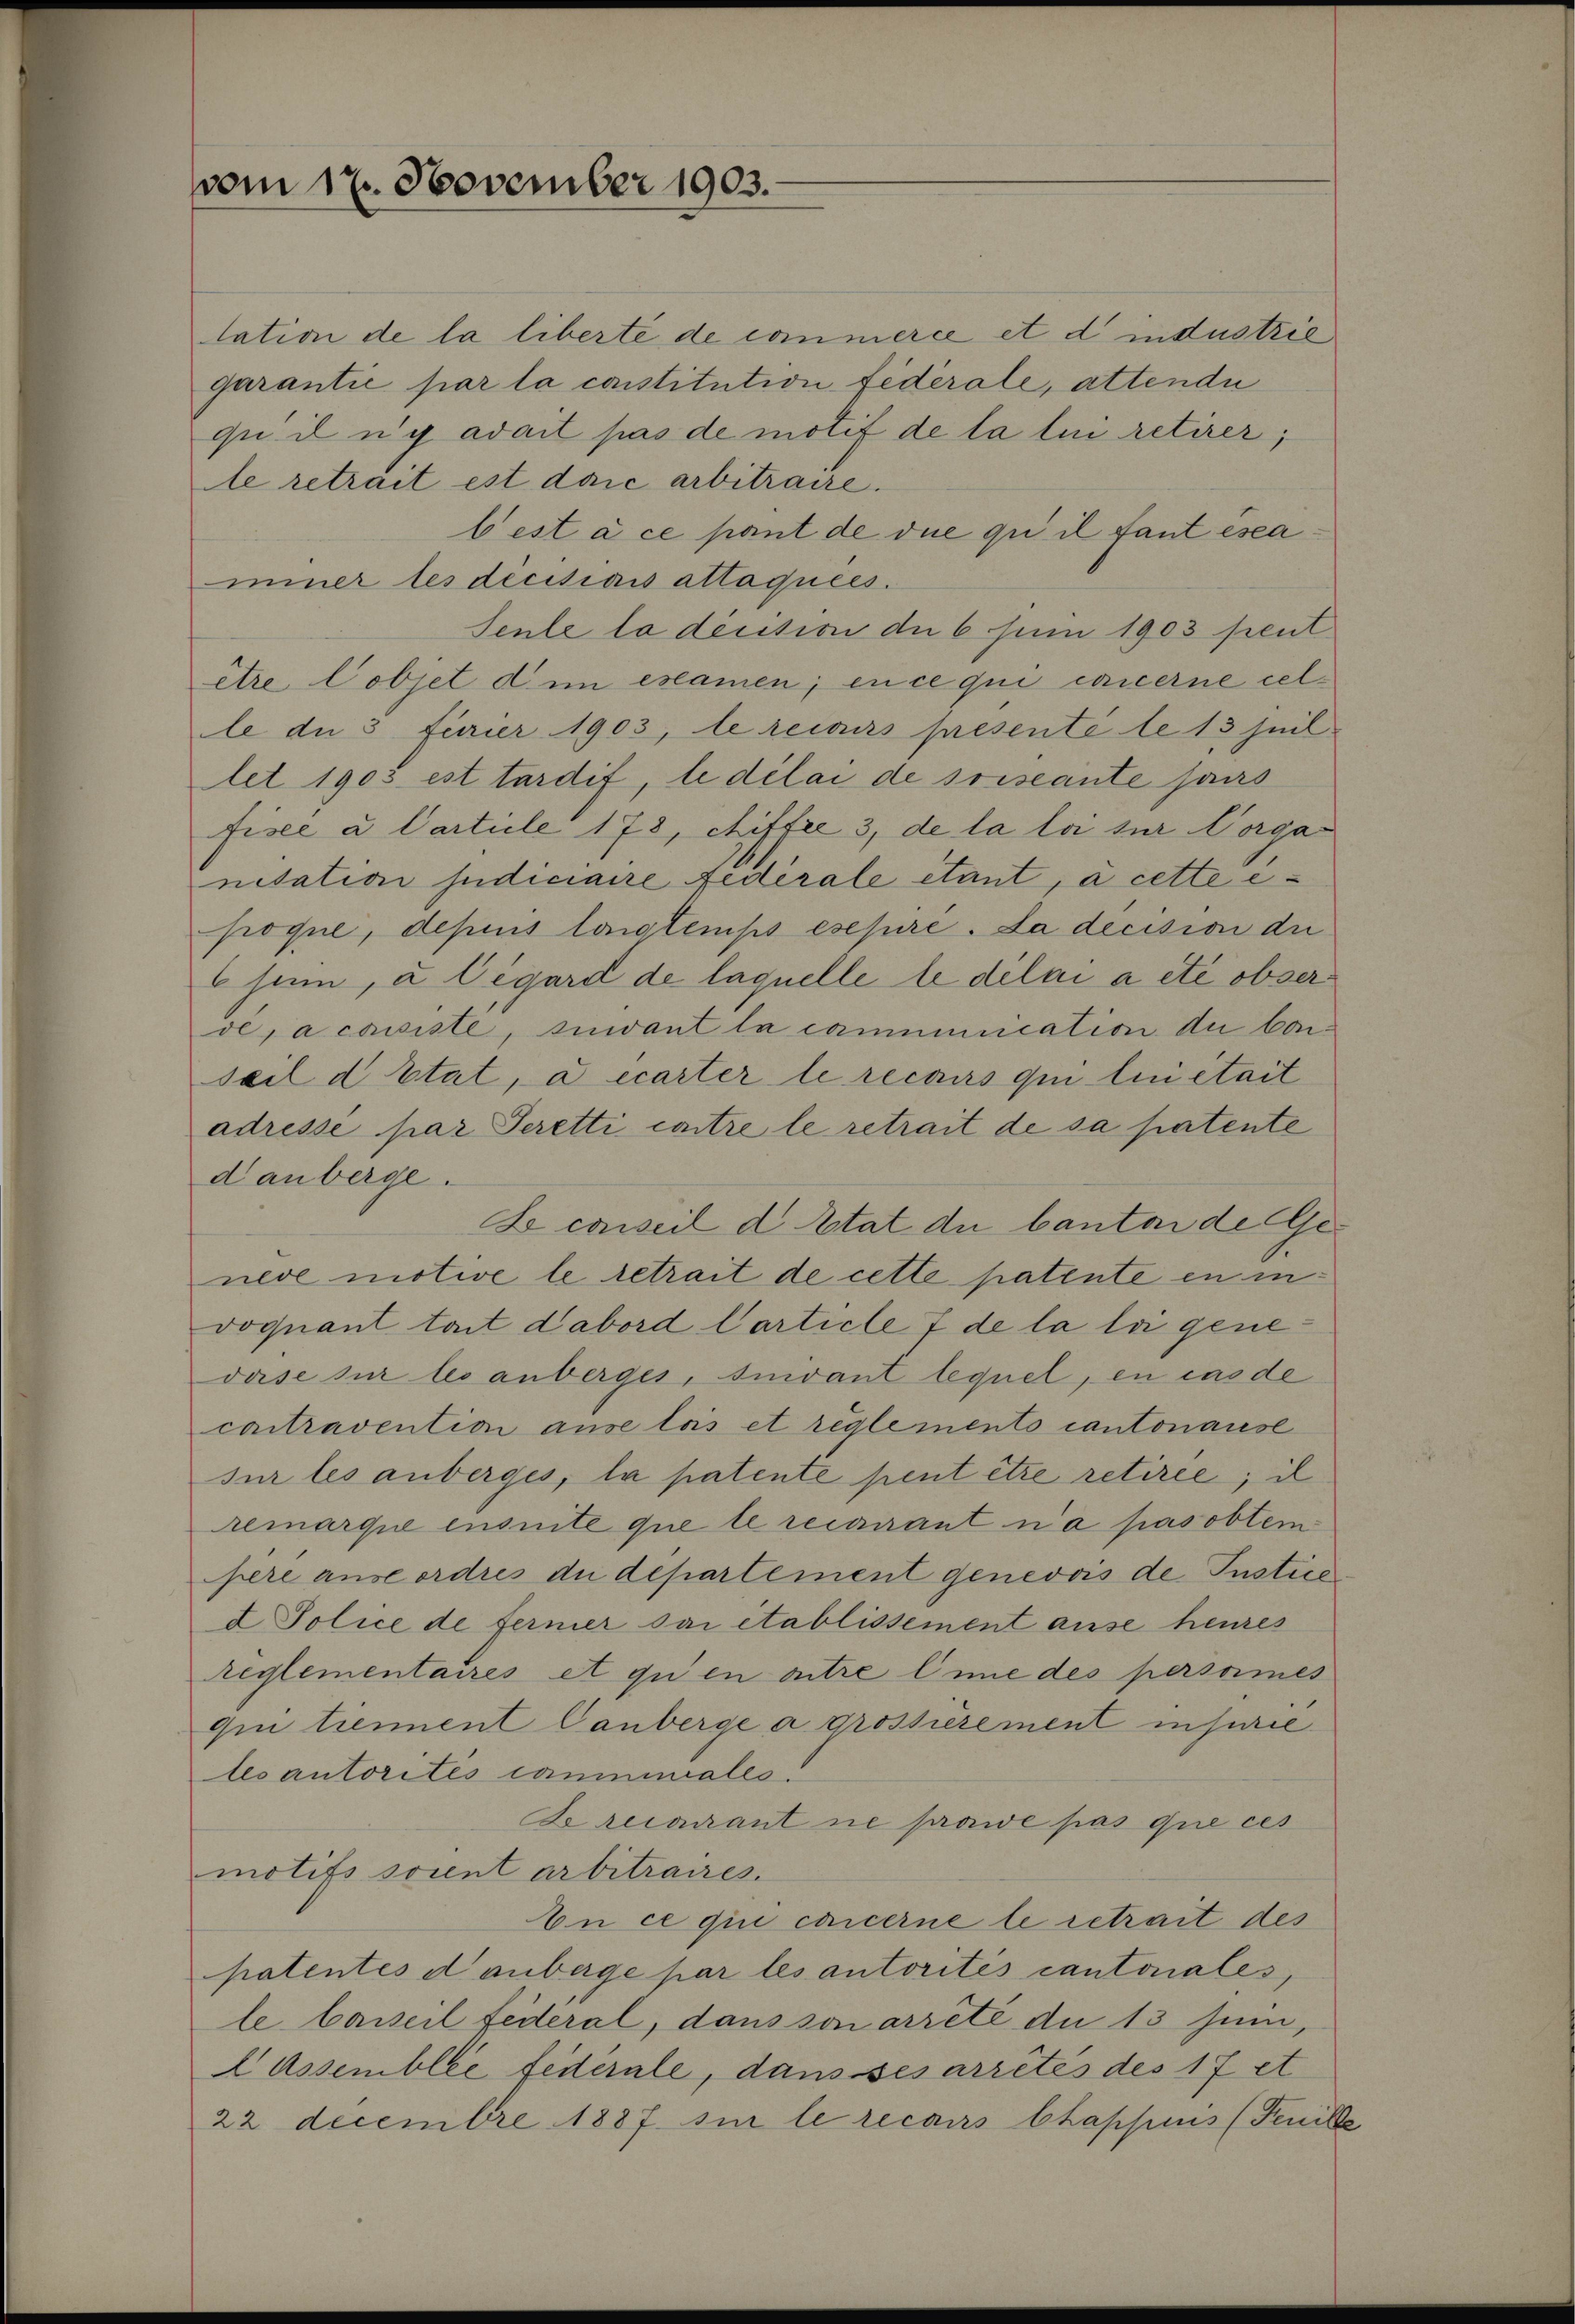
vom 17. November 1903.

tation de la liberte de commerce et d industrie
garantie par la constitution fidérale, attende
qu il y adait pas de motif de la lui retirer,
le retrait est daić arbitraire.
best à ce pant de due qui il faut esea
immer les decitiaus attaquées.
Seule la décision de 6 Juni 1903 peut
être Cobjet dem examen; en ce qui concerne celle de 3 Ferier 1903, le recours presenti le 13 heil
let 1903 est tardif, le délai de soiseante sans
fisee u. Carticle 178, chiffer 3, de la loi sur Vorganitation Indiciaire Federale étant, à cette e
proque, depius loistemps esepire. Da decision die
sin, à Cigard de laquelle le delai a été obserde, a consiste, suivant la communication du Conseil d’Etat, a écarter le recours qui lui était
adresse par Seretti contre le retrait de sa patente
d anberge.
Le conseil d. Etat du Canton de Geneve motive le retrait de cette patente en invoquant toit dabord Carticle 7 de la loi genevase sur les anberges, suivant lequel, en cas de
caitravention ause lois et règlemento cantonause
sur les anberges, la patente pent être retirée; il
remarque ensuite que le recourant n’a pasoblem
pere ansordres du departement genevois de Justice
2 Police de ferner sui établissement ause heures
reglementaires et qu’en antre inne des persormes
qui trement Canberge a grossierement insurie
les autorités communiales:
Dercomant ne prawe pas que ces
motifs soient arbitraires.
An ce qui concerne le retrait des
patentes danberge par les autorités cantonales,
le Carteil federal, dans son arrêté du 13 sein,
CAssemblée federnte, dans ses arrêtés des 17 et
22 Decembre 1887 sin le recours Chappens (Fenille